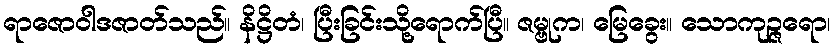
ရာဇောဝါဒဇာတ်သည်။ နိဋ္ဌိတံ၊ ပြီးခြင်းသို့ရောက်ပြီ။ ဇမ္ဗုက၊ မြေခွေး။ သောကုဉ္ဇရော၊